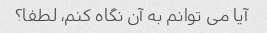
آیا می توانم به آن نگاه کنم، لطفا؟